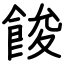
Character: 餕